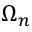
\Omega _ { n }